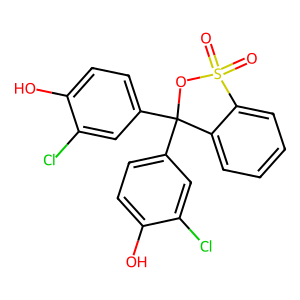
SMILES: O=S1(=O)OC(c2ccc(O)c(Cl)c2)(c2ccc(O)c(Cl)c2)c2ccccc21
Inhibits HIV replication: No